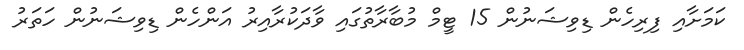
ކަމަށާއި ފިރިހެން ޑިވިޝަނުން 15 ޓީމް މުބާރާތުގައި ވާދަކުރާއިރު އަންހެން ޑިވިޝަނުން ހަތަރު